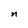
Character: n